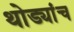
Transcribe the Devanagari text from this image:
थोड्यांच